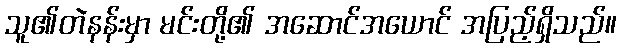
သူ၏တဲနန်းမှာ မင်းတို့၏ အဆောင်အယောင် အပြည့်ရှိသည်။